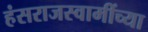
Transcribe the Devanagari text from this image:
हंसराजस्वामींच्या